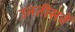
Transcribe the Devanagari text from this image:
उनतीसवें